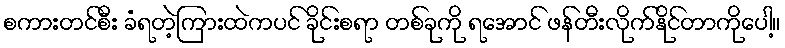
စကားတင်စီး ခံရတဲ့ကြားထဲကပင် ခိုင်းစရာ တစ်ခုကို ရအောင် ဖန်တီးလိုက်နိုင်တာကိုပေါ့။